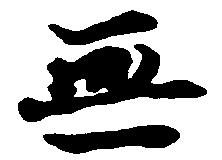
無